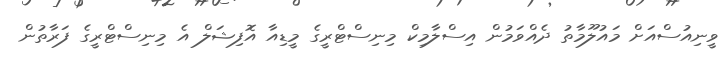
ވީނިއުސްއަށް މައުލޫމާތު ދެއްވަމުން އިސްލާމިކް މިނިސްޓްރީގެ މީޑިއާ އޮފިޝަލް އެ މިނިސްޓްރީގެ ފަރާތުން